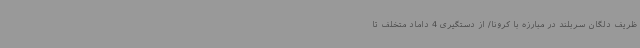
ظریف دلگان سربلند در مبارزه با کرونا/ از دستگیری 4 داماد متخلف تا